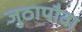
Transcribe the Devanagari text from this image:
जुठापौवा